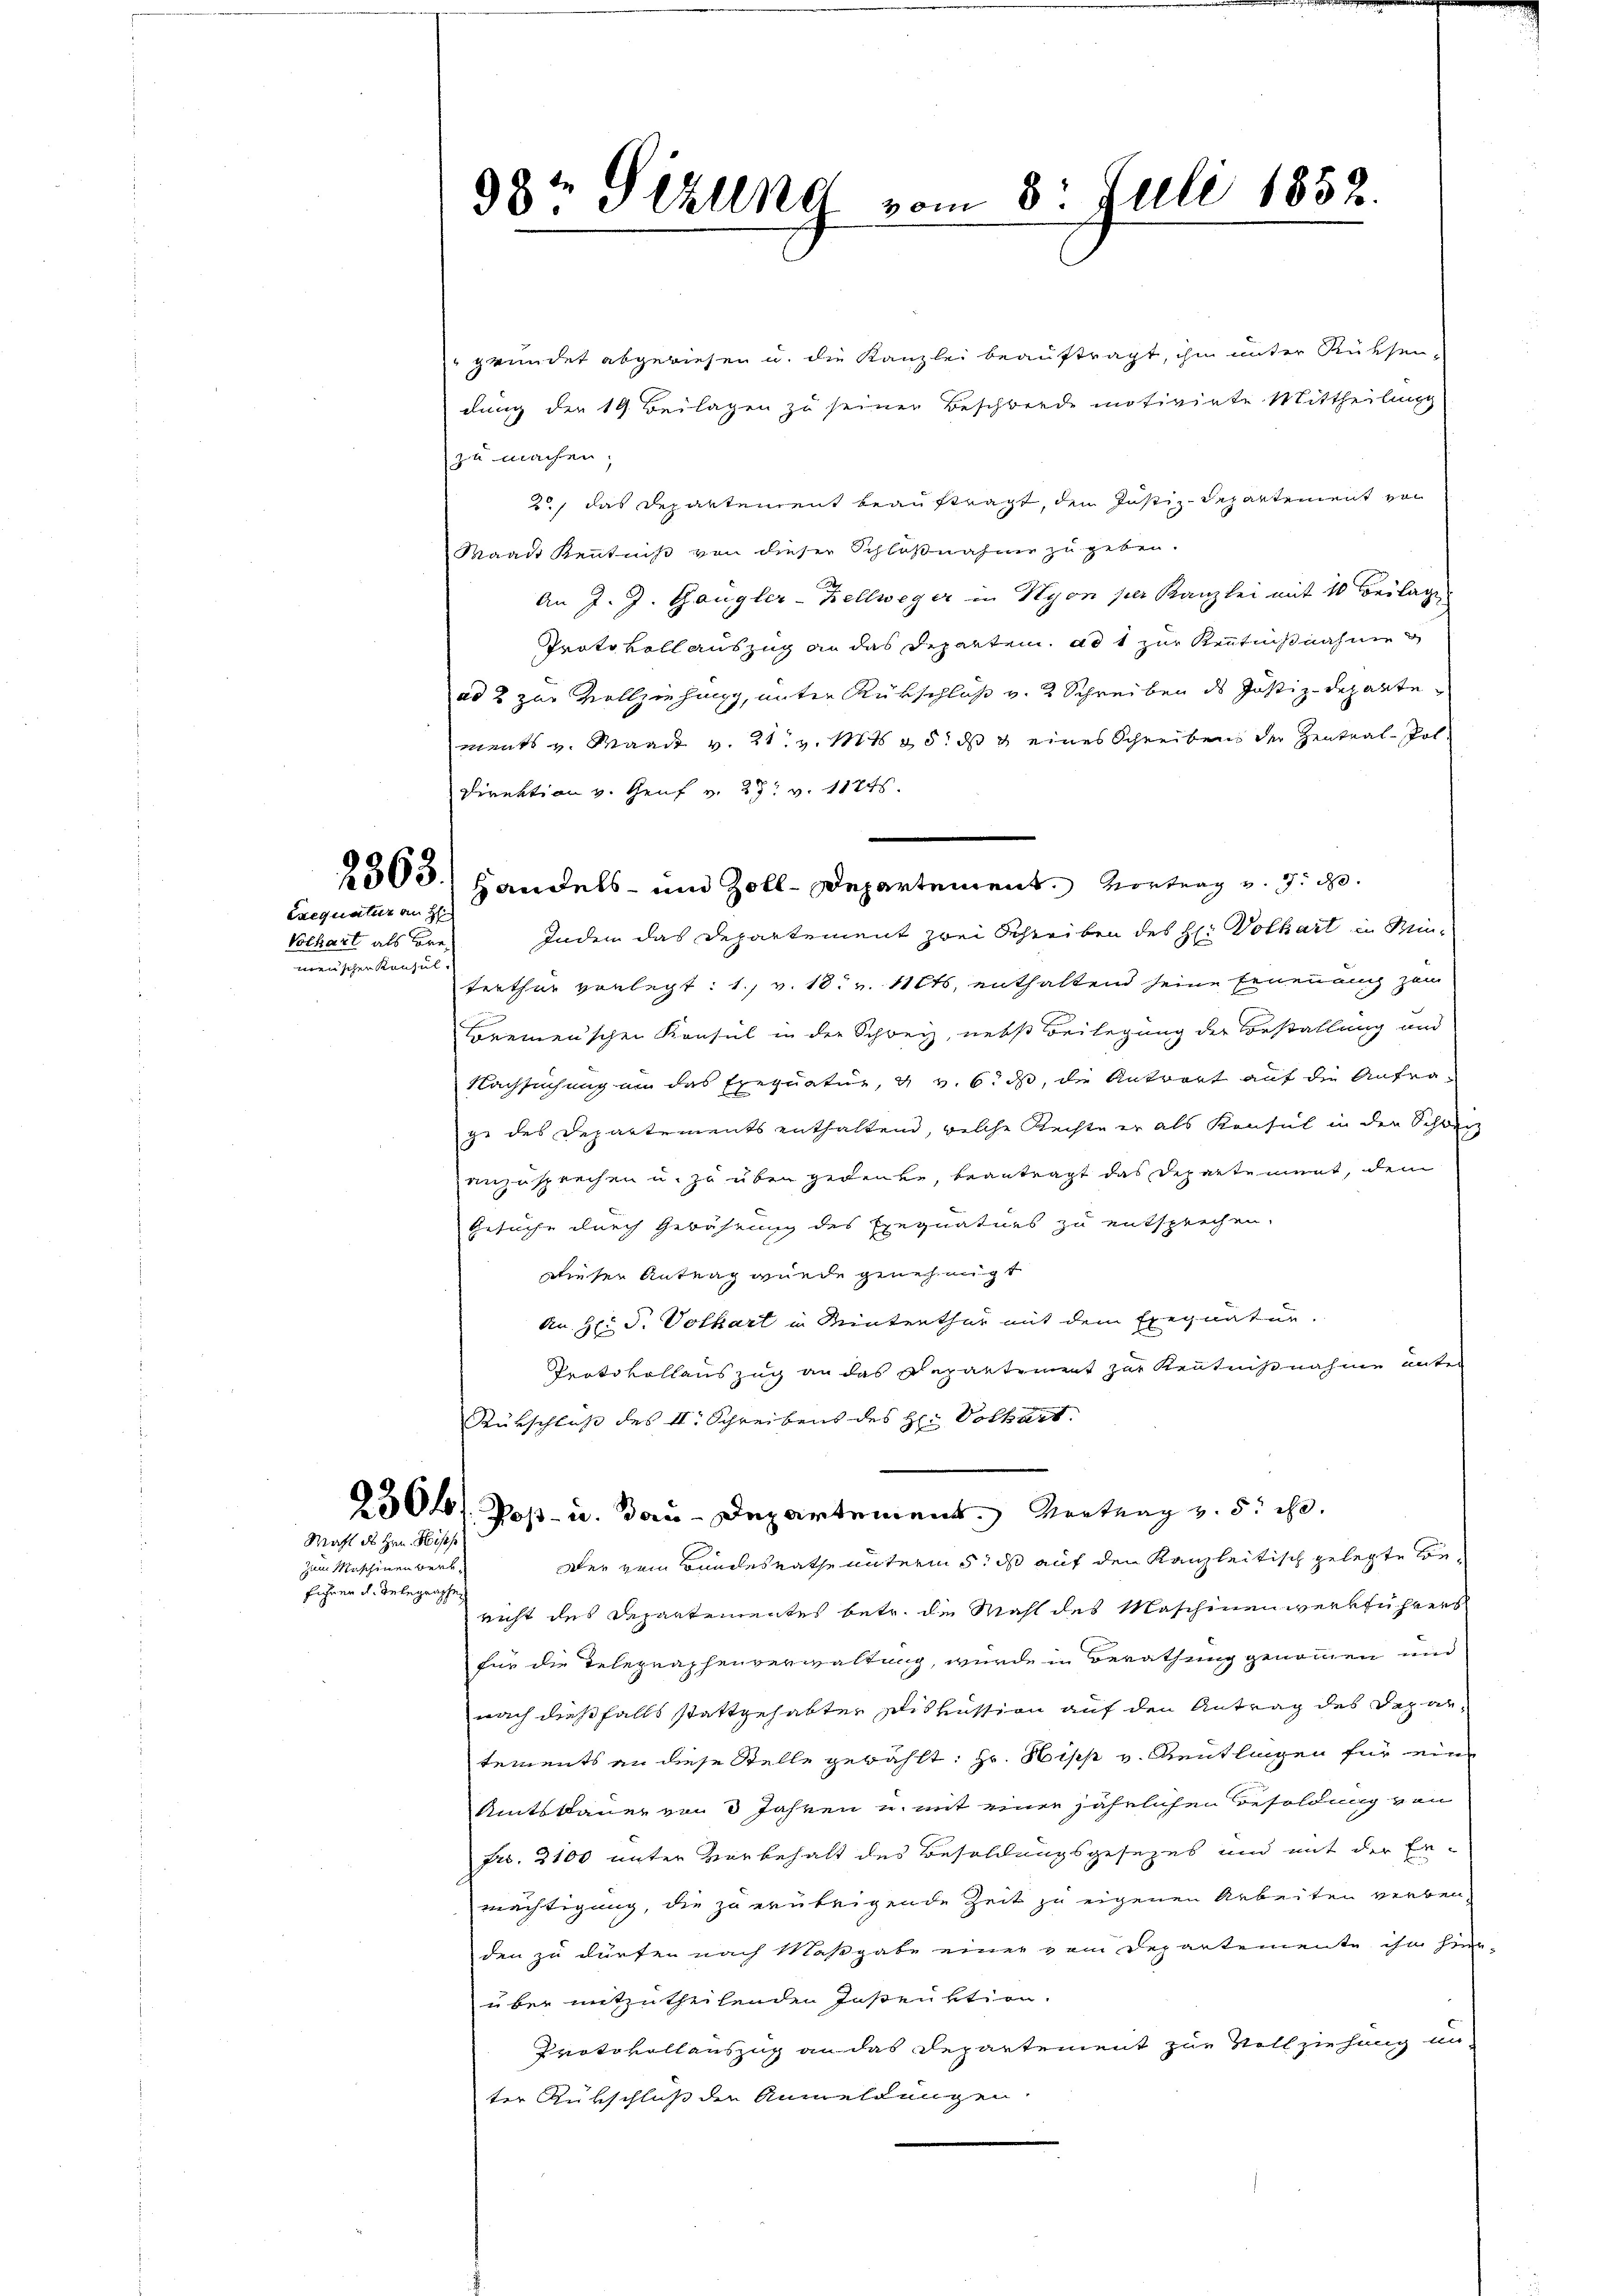
2863.
Exequatur an H

Volhart als Bremenischen Konsul

Mahl des Hrn. Wiss

zum Maschinen verb
führen u. Gelegraphe

98t Sekung vom 3. Juli 1852.

gründet abgewiesen u. die Kanzlei beauftragt, ihm unter Rücksendung der 19. Beilagen zu seiner Beschwerde motivirte Mittheilung
zu machen;
2./ das Departement beauftragt, den Justiz-Departement von
Waadt Kenntniß von dieser Schlußnahme zu geben.
An J. J. Gangler-Zellweger in Nyon ser Kanzlei mit 10 Beilage
Protokoll auszug an das Departen, ad 1 zur Kenntnißnahme
ad 2 zur Vollziehung, unter Rückschluß v. 2 Schreiben des Justiz-Departe
ments v. Waadt v. 21. v. Mt. 35. ds g eines Schreiben der Zentral-Pol
Direktion v. Genf v. 27. v. 11845.
inden das Departement zwei Schreiben des H. Volkart in Miterthur verlegt: 1., v. 18. v. 11ts, enthaltend seine Erneuauch zum
Bremenschen Konsul in der Schweiz, nebst Beilegung der Bestallung und
Nachsuchung an das Exequatur, u. v. 6. ds, die Antwort auf die Anfrage des Departements enthaltend, welche Rechte er als Konsul in der Schweiz
anzusprechen u. zu über gedeute, beantragt das Departement, dem
Gesuche durch Gewährung des Exequaturs zu entsprechen.
dieser Antrag wurde genehmigt
An Hr. J. Vothart in Minterthur mit dem Exequatur.
Protokollauszug an das Repartinet zur Kentnißnahme unter
Rückschluß des II. Schreibens des H: Volkart
2500. Post- u. Born-Departement. Vortrag v. 5. d.
Der zum Bundesrathe unterm 5. ds auf den Kanzleitisch gelegte Bericht des Departementes betr. die Wahl des Maschinenwerkführers
für die Telegraphenverwaltung, wurde in Berathung genommen und
nach dießfalls stattgehabter Diskussion auf den Antrag des Departements an diese Stelle gewählt: Hr. Hipp v. Aentlingen für ein
Amtskauer von 3 Jahren u. mit einer jährlichen Besoldung von
Fr. 2100 unter Vorbehalt des Besoldungsgesezes und mit der Ermächtigung, die zu erübrigende Zeit zu eigenen Arbeiten verben,
den zu dürfen nach Maßgabe einer vom Departemente ihm hierüber mitzutheilenden Instruktion.
Protokollauszug an das Departement zur Vollziehung an-
ter Rükschluß der Anmeldungen.

Handels- und Zoll-Departement. Vortrag v. 9. d.